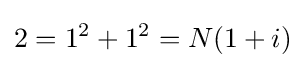
2=1^{2}+1^{2}=N(1+i)